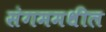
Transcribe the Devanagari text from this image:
संगममधील